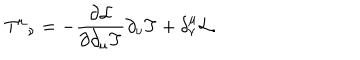
LaTeX: T ^ { \mu } { } _ { \nu } = - { \frac { \partial { \cal L } } { \partial \partial _ { \mu } T } } \partial _ { \nu } T + \delta _ { \nu } ^ { \mu } { \cal L } .